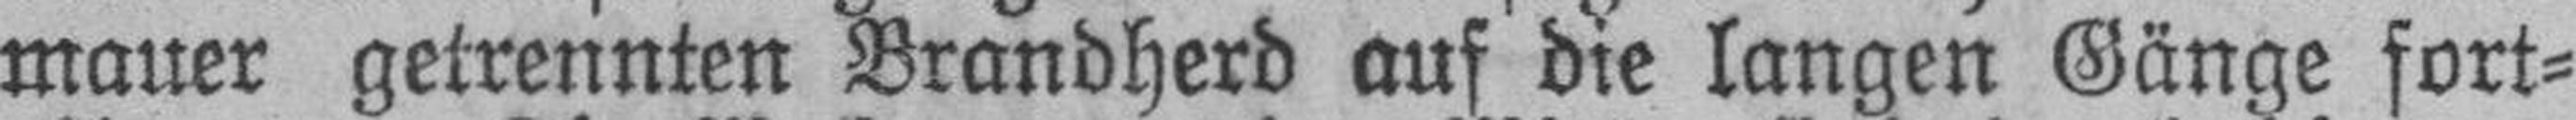
mauer getrennten Brandherd auf die langen Gänge fort¬